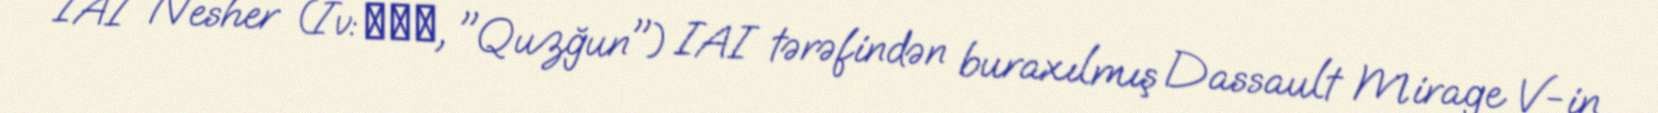
IAI Nesher (İv: נשר, "Quzğun") IAI tərəfindən buraxılmış Dassault Mirage V-in